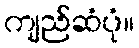
ကျည်ဆံပုံ။